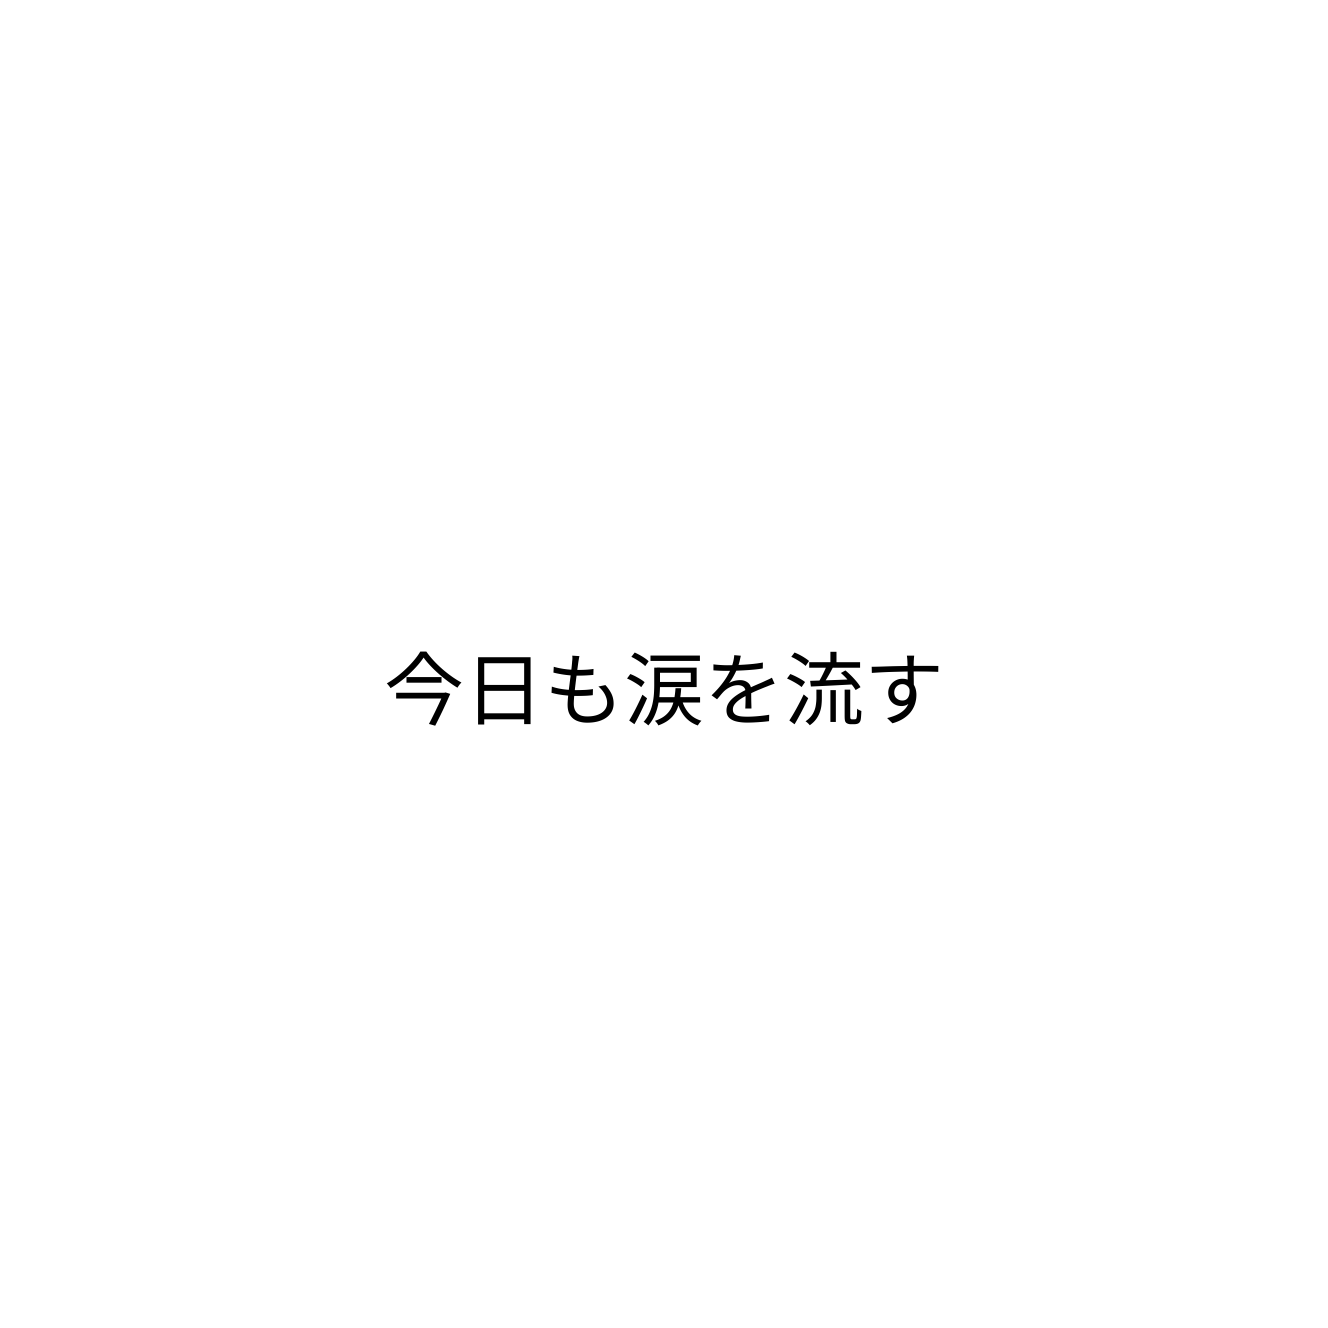
今日も涙を流す